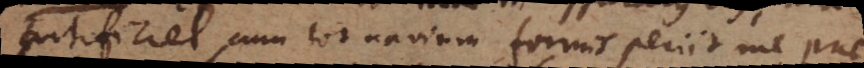
artificiel cum tot navium formis periit me prae